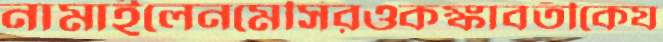
নামাইলেনমেসিরওকঙ্কাবতীকেয